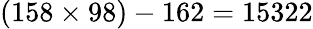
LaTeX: (158\times 98)-162=15322